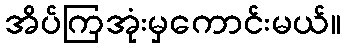
အိပ်ကြအုံးမှကောင်းမယ်။